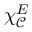
\chi _ { \mathcal { C } } ^ { E }